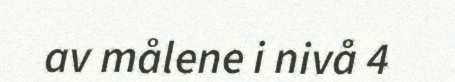
av målene i nivå 4